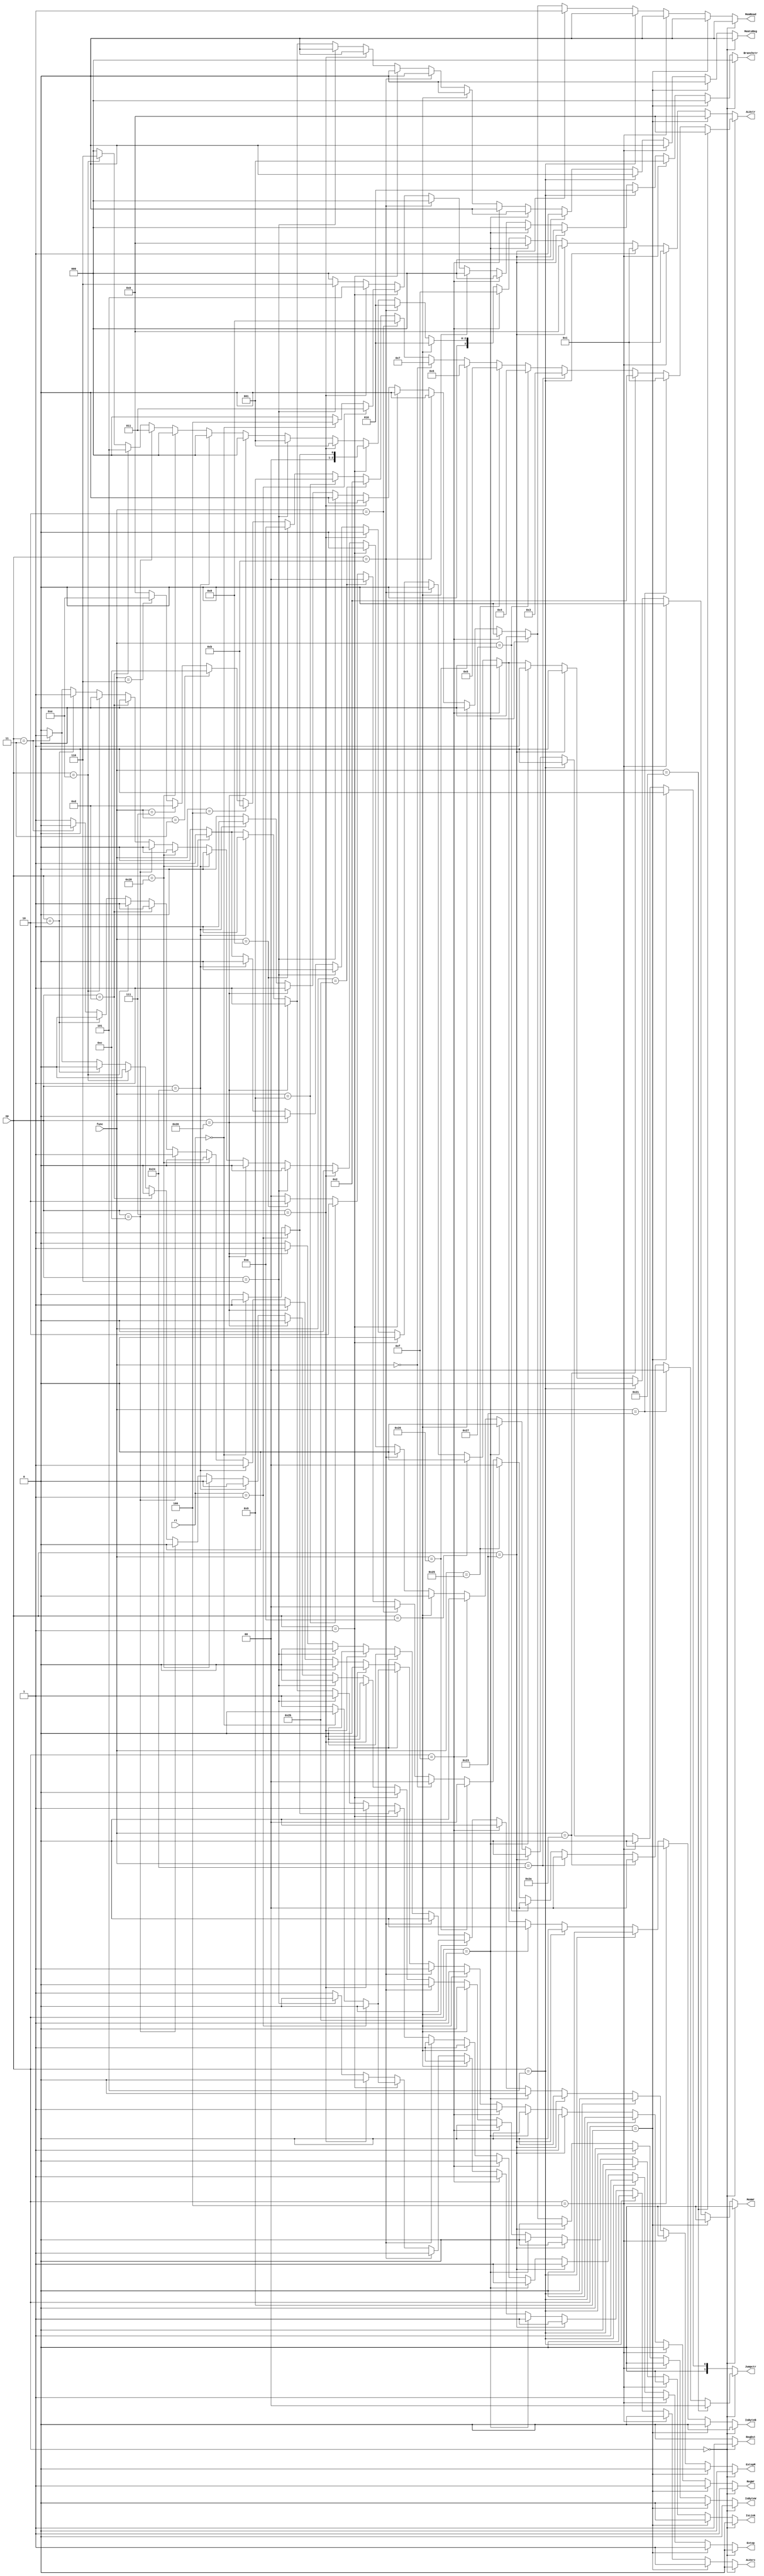
module control (
    op,func,rt,
    RegDst,ALUsrc,MemtoReg,RegWr,MemWr,Extop,ExtopM,IsLink,IsByteW,IsByteB,
    ALUctr,Jumpctr,Branchctr,
    MemRead
);

input[5:0] op,func;
input[4:0] rt;
output reg RegDst,ALUsrc,MemtoReg,RegWr,MemWr,Extop,ExtopM,IsLink,IsByteW,IsByteB;
output reg MemRead;
output reg[3:0] ALUctr;
output reg[1:0] Jumpctr;
output reg[2:0] Branchctr;

// 
always @(*) begin
    if(op==6'b000000)begin
        // R
        // init
        Branchctr=3'b000;
        Jumpctr=2'b00;
        ALUctr=4'b0000;
        RegDst=1;
        ALUsrc=0;
        MemtoReg=0;
        RegWr=1;
        MemWr=0;
        Extop=0;
        ExtopM=0;
        IsLink=0;
        IsByteW=0;
        IsByteB=0;
        MemRead=0;
        if(func==6'b100001)begin
            // addu
            ALUctr=4'b0000; // 
        end
        else if(func==6'b100011)begin
            // subu
            ALUctr=4'b0001; // 
        end
        else if(func==6'b101010)begin
            // slt
            ALUctr=4'b0010; // 
        end
        else if(func==6'b100100)begin
            // and
            ALUctr=4'b0011; // 
        end
        else if(func==6'b100111)begin
            // nor
            ALUctr=4'b0100; // 
        end
        else if(func==6'b100101)begin
            // or
            ALUctr=4'b0101; // 
        end
        else if(func==6'b100110)begin
            // xor
            ALUctr=4'b0110; // 
        end
        else if(func==6'b000000)begin
            // sll
            ALUctr=4'b0111; // 
        end
        else if(func==6'b000010)begin
            // srl
            ALUctr=4'b1000; // 
        end
        else if(func==6'b101011)begin
            // sltu
            ALUctr=4'b0010; // 
        end
        else if(func==6'b001001)begin
            // jalr
            ALUctr=4'b1001; // jalr1
            Jumpctr=2'b10;
        end
        else if(func==6'b001000)begin
            // jr
            ALUctr=4'b1010; // jr2
            Jumpctr=2'b10;
        end
        else if(func==6'b000100)begin
            // sllv
            ALUctr=4'b1011; // 
        end
        else if(func==6'b000011)begin
            // sra
            ALUctr=4'b1100; // 
        end
        else if(func==6'b000111)begin
            // srav
            ALUctr=4'b1101; // 
        end
        else if(func==6'b000110)begin
            // srlv
            ALUctr=4'b1110; // 
        end
    end
    else begin
        // R
        Branchctr=3'b000;
        Jumpctr=2'b00;
        ALUctr=4'b0000;
        RegDst=0;
        ALUsrc=1;
        MemtoReg=0;
        RegWr=1;
        MemWr=0;
        Extop=0;
        ExtopM=0;
        IsLink=0;
        IsByteW=0;
        IsByteB=0;
        MemRead=0;
        if(op==6'b001001)begin
            // addiu
            ALUctr=4'b0000;
            Extop=1;
        end
        else if(op==6'b000100)begin
            // beq
            ALUctr=4'b0001;
            Branchctr=3'b001;
            Extop=1;
            ALUsrc=0;
            RegWr=0;
        end
        else if(op==6'b000101)begin
            // bne
            ALUctr=4'b0001;
            Branchctr=3'b010;
            Extop=1;
            ALUsrc=0;
            RegWr=0;
        end
        else if(op==6'b100011)begin
            // lw
            ALUctr=4'b0000;
            Extop=1;
            MemtoReg=1;
            MemRead=1;
        end
        else if(op==6'b101011)begin
            // sw
            ALUctr=4'b0000;
            Extop=1;
            RegWr=0;
            MemWr=1;
        end
        else if(op==6'b001111)begin
            // lui
            ALUctr=4'b1111;
        end
        else if(op==6'b001010)begin
            // slti
            ALUctr=4'b0010;
            Extop=1;
        end
        else if(op==6'b001011)begin
            // sltiu
            ALUctr=4'b0010;
            Extop=1;
        end
        else if(op==6'b000001)begin
            if(rt==5'b00001)begin
                // bgez
                ALUctr=4'b0001;
                Branchctr=3'b011;
                Extop=1;
                ALUsrc=0;
                RegWr=0;
            end
            else if(rt==5'b00000)begin
                // bltz
                ALUctr=4'b0001;
                Branchctr=3'b100;
                Extop=1;
                ALUsrc=0;
                RegWr=0;          
            end
        end
        else if(op==6'b000111)begin
            // bgtz
            ALUctr=4'b0001;
            Branchctr=3'b101;
            Extop=1;
            ALUsrc=0;
            RegWr=0;
        end
        else if(op==6'b000110)begin
            // blez
            ALUctr=4'b0001;
            Branchctr=3'b110;
            Extop=1;
            ALUsrc=0;
            RegWr=0;
        end
        else if(op==6'b100000)begin
            // lb
            ALUctr=4'b0000;
            Extop=1;
            ExtopM=1;
            MemtoReg=1;
            IsByteW=1;
            MemRead=1;
        end
        else if(op==6'b100100)begin
            // lbu
            ALUctr=4'b0000;
            Extop=1;
            MemtoReg=1;
            IsByteW=1;
            MemRead=1;
        end
        else if(op==6'b101000)begin
            // sb
            ALUctr=4'b0000;
            Extop=1;
            RegWr=0;
            MemWr=1;
            IsByteB=1;
            MemtoReg=1;
        end
        else if(op==6'b001100)begin
            // andi
            ALUctr=4'b0011;
        end
        else if(op==6'b001101)begin
            // ori
            ALUctr=4'b0101;
        end
        else if(op==6'b001110)begin
            // xori
            ALUctr=4'b0110;
        end
        else if(op==6'b000010)begin
            // j
            Jumpctr=2'b01;
            RegWr=0;
        end
        else if(op==6'b000011)begin
            // jal
            Jumpctr=2'b01;
            RegWr=0;
            IsLink=1;
        end
    end
end
    
endmodule